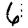
Digit: 6